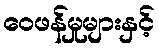
ဝေဖန်မှုများနှင့်